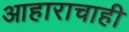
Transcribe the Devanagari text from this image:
आहाराचाही